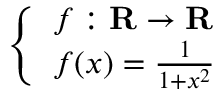
\left\{ \begin{array} { l l } { f : \mathbf { R } \to \mathbf { R } } \\ { f ( x ) = { \frac { 1 } { 1 + x ^ { 2 } } } } \end{array} \right.